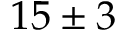
1 5 \pm 3